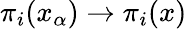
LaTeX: \pi_{i}(x_{\alpha})\to\pi_{i}(x)